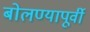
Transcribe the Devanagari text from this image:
बोलण्यापूर्वी